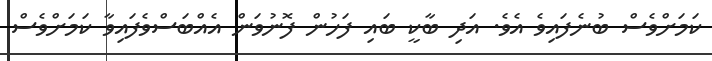
ކަމަށްވެސް ބުނެފައިވެ އެވެ. އަދި ބާކީ ބައި ފަހުން ފޮނުވަން އެއްބަސްވެފައިވާ ކަމަށްވެސް